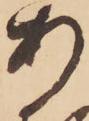
あ